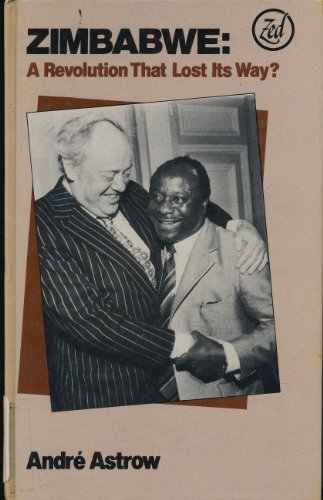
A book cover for Zimbabwe: A Revolution That Lost Its Way; Andre Astrow; History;